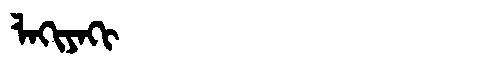
Manchu: ᠯᠠᡴᡳᠶᠠᡴᡳ
Romanization: LAKIYAKI